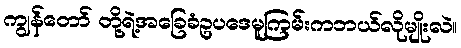
ကျွန်တော် တို့ရဲ့အခြေခံဥပဒေမူကြမ်းကဘယ်လိုမျိုးလဲ။